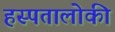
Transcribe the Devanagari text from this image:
हस्पतालोकी